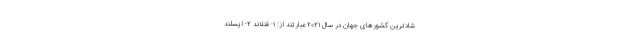
شادترین کشورهای جهان در سال ۲۰۲۱ عبارتند از: ۱- فنلاند ۲- ایسلند